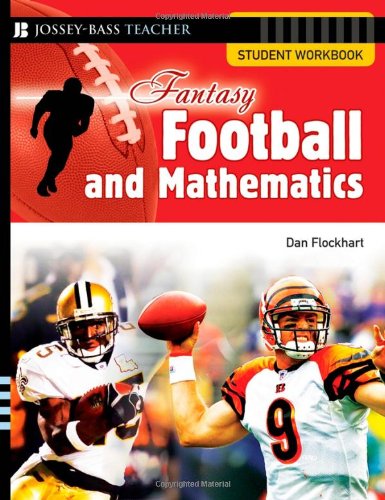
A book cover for Fantasy Football and Mathematics: Student Workbook; Dan Flockhart; Humor & Entertainment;